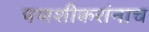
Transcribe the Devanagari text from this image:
पणशीकरांनाच